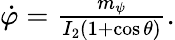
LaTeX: \begin{array}{r}{\dot{\varphi}=\frac{m_{\psi}}{I_{2}(1+\cos\theta)}.}\end{array}